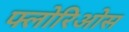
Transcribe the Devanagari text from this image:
फ्लोरिओस